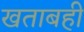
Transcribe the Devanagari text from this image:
खताबही